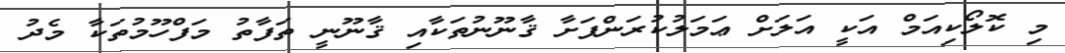
މި ކޮލޯކިއަމް އަކީ އަލަށް ޢަމަލުކުރަންފަށާ ޤާނޫނުތަކާއި ޤާނޫނީ ތަފާތު މަފްހޫމުތަކާ މެދު